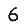
Digit: 6